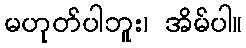
မဟုတ်ပါဘူး၊ အိမ်ပါ။